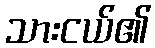
သားငယ်၏